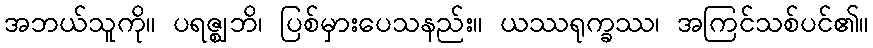
အဘယ်သူကို။ ပရဇ္ဈဘိ၊ ပြစ်မှားပေသနည်း။ ယဿရုက္ခဿ၊ အကြင်သစ်ပင်၏။